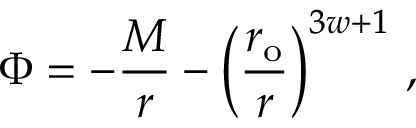
\Phi = - \frac { M } { r } - \left( \frac { r _ { \mathrm { { o } } } } { r } \right) ^ { 3 w + 1 } \, ,